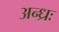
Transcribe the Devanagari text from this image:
अन्ध्रः